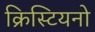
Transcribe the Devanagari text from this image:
क्रिस्टियनो